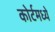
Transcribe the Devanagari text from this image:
कोर्टमध्ये